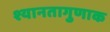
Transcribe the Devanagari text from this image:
श्यानतागुणाक